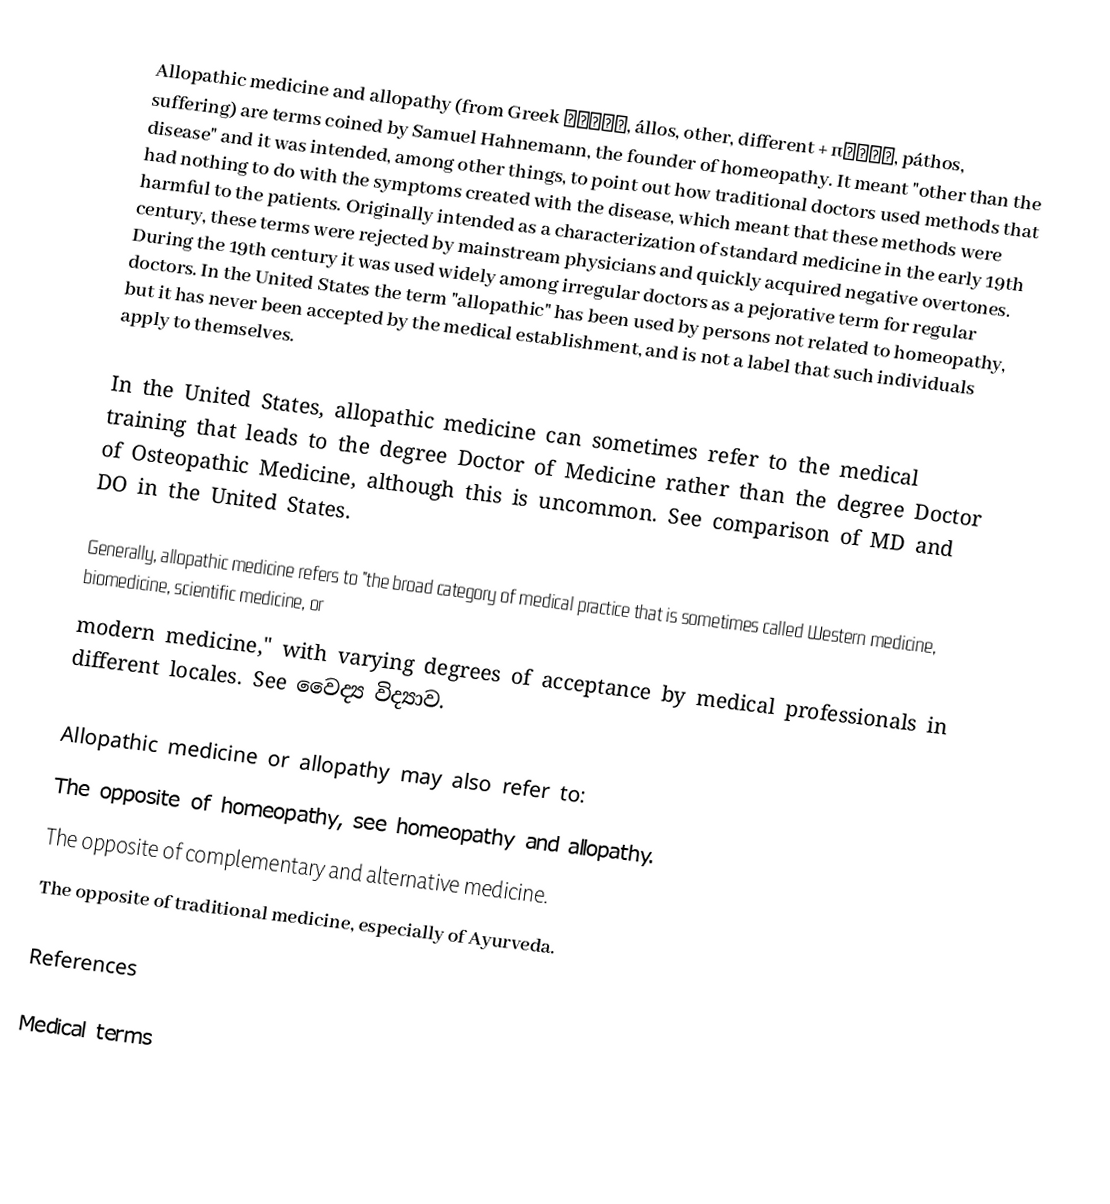
Allopathic medicine and allopathy (from Greek ἄλλος, állos, other, different + πάϑος, páthos, suffering) are terms coined by Samuel Hahnemann, the founder of homeopathy. It meant "other than the disease" and it was intended, among other things, to point out how traditional doctors used methods that had nothing to do with the symptoms created with the disease, which meant that these methods were harmful to the patients. Originally intended as a characterization of standard medicine in the early 19th century, these terms were rejected by mainstream physicians and quickly acquired negative overtones. During the 19th century it was used widely among irregular doctors as a pejorative term for regular doctors. In the United States the term "allopathic" has been used by persons not related to homeopathy, but it has never been accepted by the medical establishment, and is not a label that such individuals apply to themselves.

In the United States, allopathic medicine can sometimes refer to the medical training that leads to the degree Doctor of Medicine rather than the degree Doctor of Osteopathic Medicine, although this is uncommon. See comparison of MD and DO in the United States.

Generally, allopathic medicine refers to "the broad category of medical practice that is sometimes called Western medicine, biomedicine, scientific medicine, or
modern medicine," with varying degrees of acceptance by medical professionals in different locales. See වෛද්‍ය විද්‍යාව.

Allopathic medicine or allopathy may also refer to:
 The opposite of homeopathy, see homeopathy and allopathy.
 The opposite of complementary and alternative medicine.
 The opposite of traditional medicine, especially of Ayurveda.

References

Medical terms